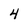
Character: 4